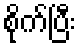
စိုက်ပြီး